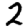
Digit: 2